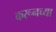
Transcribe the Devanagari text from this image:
करूनच्या